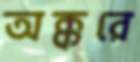
অক্করে